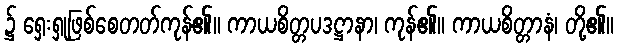
၌ ရှေးရှုဖြစ်စေတတ်ကုန်၏။ ကာယစိတ္တပဒဋ္ဌာနာ၊ ကုန်၏။ ကာယစိတ္တာနံ၊ တို့၏။